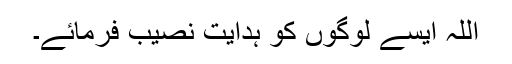
اللہ ایسے لوگوں کو ہدایت نصیب فرمائے۔